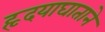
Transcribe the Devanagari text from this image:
हृदयाघाताने